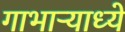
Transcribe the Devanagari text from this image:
गाभाऱ्याध्ये